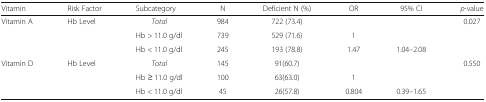
<table><thead><tr><td><b>Vitamin</b></td><td><b>Risk Factor</b></td><td><b>Subcategory</b></td><td><b>N</b></td><td><b>Deficient N (%)</b></td><td><b>OR</b></td><td><b>95% CI</b></td><td><b><i>p</i>-value</b></td></tr></thead><tbody><tr><td rowspan="3">Vitamin A</td><td rowspan="3">Hb Level</td><td><i>Total</i></td><td>984</td><td>722 (73.4)</td><td colspan="2"></td><td rowspan="3">0.027</td></tr><tr><td>Hb &gt; 11.0 g/dl</td><td>739</td><td>529 (71.6)</td><td>1</td><td></td></tr><tr><td>Hb &lt; 11.0 g/dl</td><td>245</td><td>193 (78.8)</td><td>1.47</td><td>1.04–2.08</td></tr><tr><td rowspan="3">Vitamin D</td><td rowspan="3">Hb Level</td><td><i>Total</i></td><td>145</td><td>91(60.7)</td><td colspan="2"></td><td rowspan="3">0.550</td></tr><tr><td>Hb ≥ 11.0 g/dl</td><td>100</td><td>63(63.0)</td><td>1</td><td></td></tr><tr><td>Hb &lt; 11.0 g/dl</td><td>45</td><td>26(57.8)</td><td>0.804</td><td>0.39–1.65</td></tr></tbody></table>